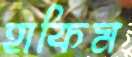
হাকিম